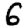
Digit: 6